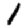
Digit: 1